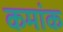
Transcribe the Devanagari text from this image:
कमांक